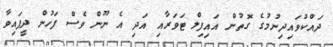
ދައްކުވައިދިނުމުގެ ގޮތުން އައިފިލް ޓަވަރާއި އަދި އެ ނޫން ވެސް ފަހުން ދީފައިވާ